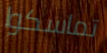
تماسكوا